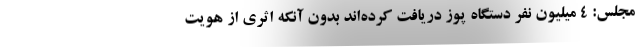
مجلس: ۴ میلیون نفر دستگاه پوز دریافت کرده‌اند بدون آنکه اثری از هویت